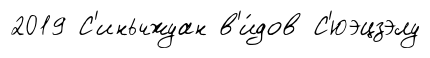
2019 С'иньчжуан в'и́дов С'юэцзэлу